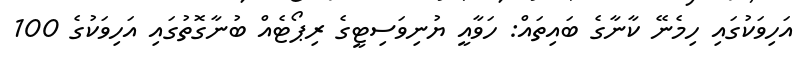
އަހިވަކުގައި ހިމެނޭ ކާނާގެ ބައިތައް: ހަވާއީ ޔުނިވަސިޓީގެ ރިޕޯޓެއް ބުނާގޮތުގައި އަހިވަކުގެ 100